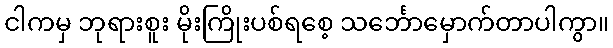
ငါကမှ ဘုရားစူး မိုးကြိုးပစ်ရစေ့ သင်္ဘောမှောက်တာပါကွာ။